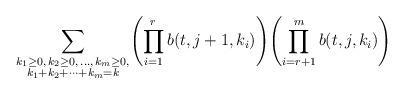
LaTeX: \begin{align*}\sum_{\substack{k_1\ge0,\,k_2\ge0,\,\ldots,\,k_m\ge0,\\k_1+k_2+\cdots+k_m=k}}\Biggl(\prod_{i=1}^r b(t,j+1,k_i)\Biggr)\Biggl(\prod_{i=r+1}^m b(t,j,k_i)\Biggr)\end{align*}